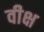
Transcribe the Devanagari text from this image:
वीक्ष